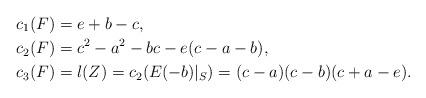
LaTeX: \begin{align*}& c_1(F)=e+b-c,\\& c_2(F)=c^2-a^2-bc-e(c-a-b),\\& c_3(F)=l(Z)=c_2(E(-b)|_S)=(c-a)(c-b)(c+a-e).\end{align*}